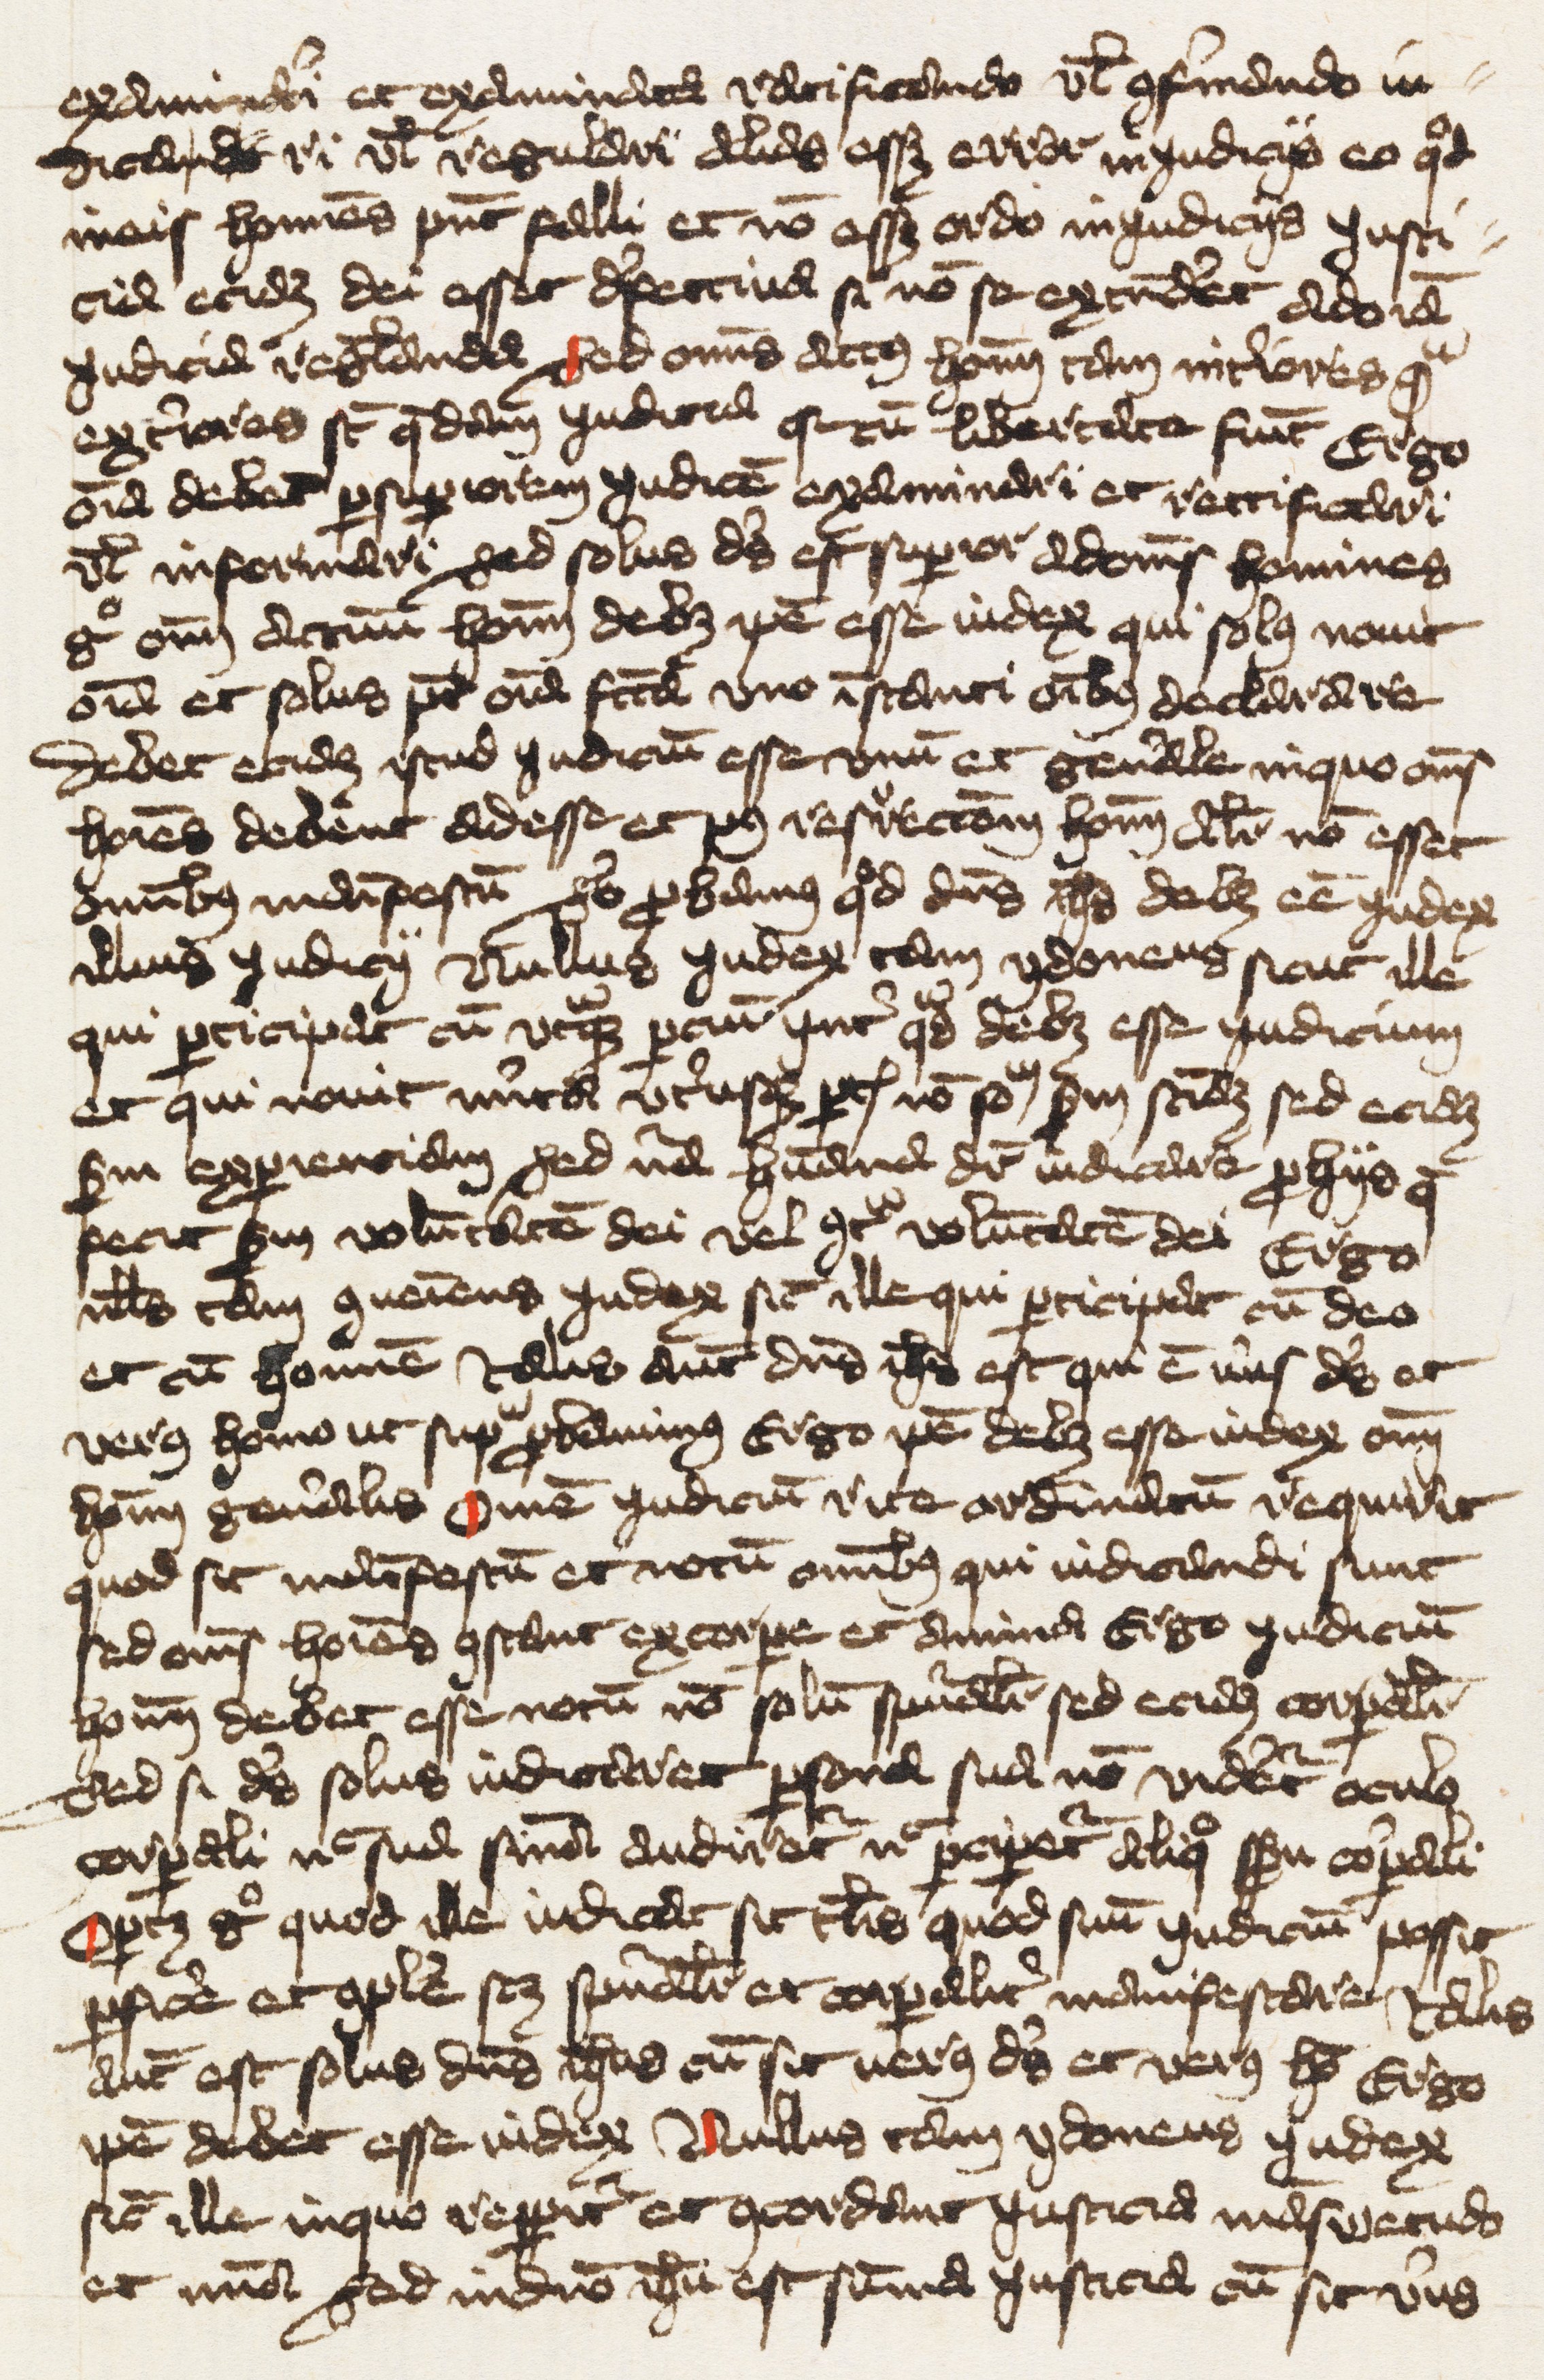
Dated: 1400–1424